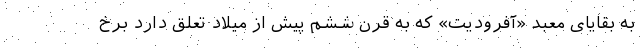
به بقایای معبد «آفرودیت» که به قرن ششم پیش از میلاد تعلق دارد برخ